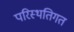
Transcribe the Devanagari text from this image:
परिस्थतिगत